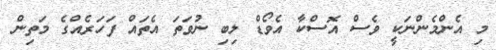
މި އެންމެންނަކީ ވެސް އޮސްކާ އެވޯޑް ލިބި ނުވަތަ އެތައް ފަހަރެއްގެ މަތިން